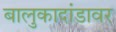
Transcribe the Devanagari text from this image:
बालुकादांडावर